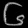
Digit: ၆